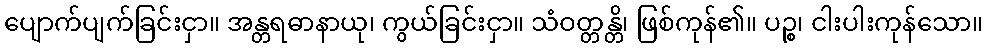
ပျောက်ပျက်ခြင်းငှာ။ အန္တရဓာနာယု၊ ကွယ်ခြင်းငှာ။ သံဝတ္တန္တိ၊ ဖြစ်ကုန်၏။ ပဉ္စ၊ ငါးပါးကုန်သော။